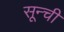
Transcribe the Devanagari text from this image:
सून्ची